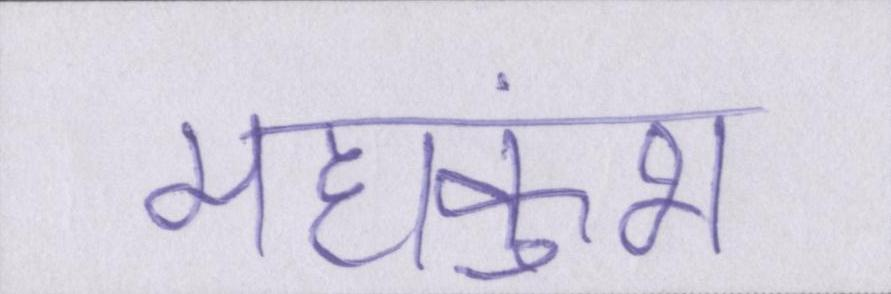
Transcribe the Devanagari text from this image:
महाकुंभ